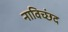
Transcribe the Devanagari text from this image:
नाविच्छंद